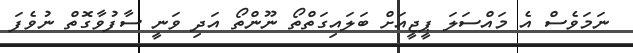
ނަމަވެސް އެ މައްސަލަ ޕީޖީއަށް ބަލައިގަތްތޯ ނޫންތޯ އަދި ވަނީ ސާފުވާގޮތް ނުވެފަ